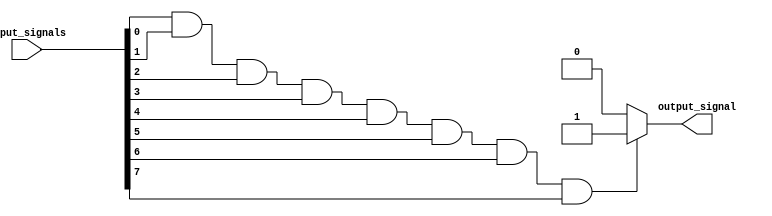
module eight_input_and_gate (
    input [7:0] input_signals,
    output reg output_signal
);

always @(*) begin
    if (input_signals[0] && input_signals[1] && input_signals[2] && input_signals[3] && input_signals[4] && input_signals[5] && input_signals[6] && input_signals[7])
        output_signal = 1;
    else
        output_signal = 0;
end

endmodule